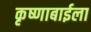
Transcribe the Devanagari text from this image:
कृष्णाबाईला